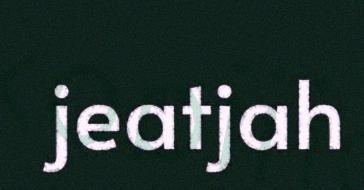
jeatjah